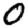
Digit: 0